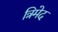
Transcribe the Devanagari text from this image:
त्रिमेद